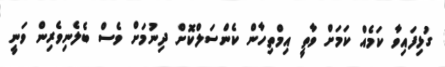
ގުޅިފައިވާ ކަމެއް ކަމަށް ވާތީ އިމްތިހާން ކެންސަލްކޮށް ދިނުމަށް ވެސް ބެލެނިވެރިން ވަނީ